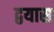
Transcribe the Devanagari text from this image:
द्वयास